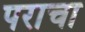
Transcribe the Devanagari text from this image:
पराचा